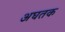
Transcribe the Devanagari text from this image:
अघतक